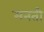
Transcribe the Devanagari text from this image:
मनती